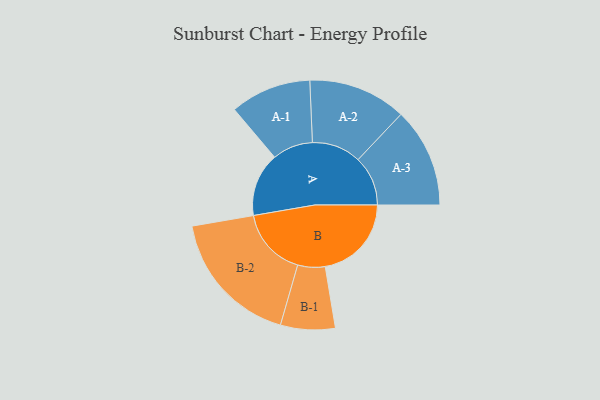
{"axis": {"x": "Segment", "y": "Value"}, "legend": ["", "A", "B"], "data": [{"x": "A", "y": 266, "type": ""}, {"x": "B", "y": 360, "type": ""}, {"x": "A-1", "y": 169, "type": "A"}, {"x": "A-2", "y": 205, "type": "A"}, {"x": "A-3", "y": 208, "type": "A"}, {"x": "B-1", "y": 114, "type": "B"}, {"x": "B-2", "y": 287, "type": "B"}]}